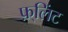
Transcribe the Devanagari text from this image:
फ़्लिंट